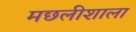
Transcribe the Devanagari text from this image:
मछलीशाला